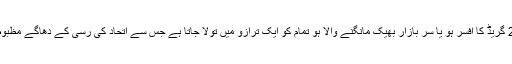
چاہے وہ 21 گریڈ کا افسر ہو یا سر بازار بھیک مانگنے والا ہو تمام کو ایک ترازو میں تولا جاتا ہے جس سے اتحاد کی رسی کے دھاگے مظبوط ہوتے ہیں۔